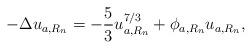
LaTeX: \begin{align*}- \Delta u_{a,R_{n}} &= -\frac{5}{3} u_{a,R_{n}}^{7/3} + \phi_{a,R_{n}} u_{a,R_{n}}, \end{align*}